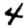
Digit: 4